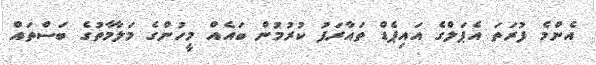
އެންމެ ފުރަތަ އެޕަލްގެ އައިޕެޑް ތައާރަފު ކުރުމުން ބައެއް މީހުންގެ މަލާމާތުގެ ބަސްތައް